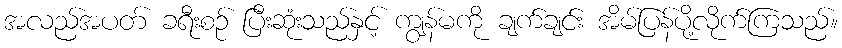
အလည်အပတ် ခရီးစဉ် ပြီးဆုံးသည်နှင့် ကျွန်မကို ချက်ချင်း အိမ်ပြန်ပို့လိုက်ကြသည်။